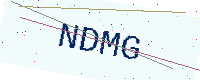
Text: NDMG